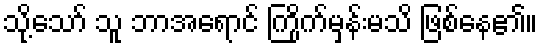
သို့သော် သူ ဘာအရောင် ကြိုက်မှန်းမသိ ဖြစ်နေ၏။